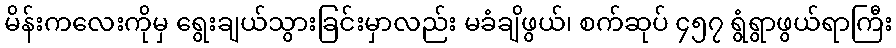
မိန်းကလေးကိုမှ ရွေးချယ်သွားခြင်းမှာလည်း မခံချိဖွယ်၊ စက်ဆုပ် ၄၅၇ ရွံရွာဖွယ်ရာကြီး